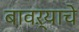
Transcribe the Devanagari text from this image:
बावऱ्याचे